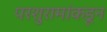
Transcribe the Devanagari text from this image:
परशुरामांकडून